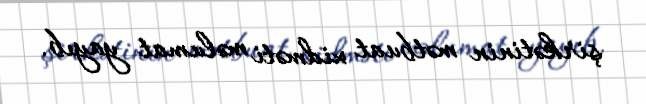
şirkətinin mətbuat xidməti məlumat yayıb.